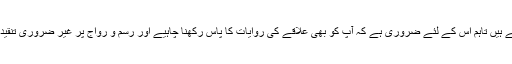
لوگ عزت سے پیش آتے ہیں تاہم اس کے لئے ضروری ہے کہ آپ کو بھی علاقے کی روایات کا پاس رکھنا چاہیے اور رسم و رواج پر غیر ضروری تنقید سے گریز کرنا چاہیے۔